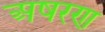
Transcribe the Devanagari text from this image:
अषरण